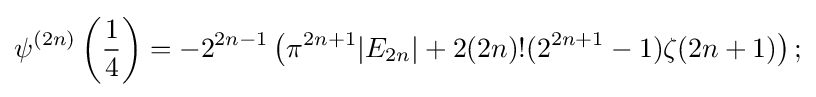
\psi ^{(2n)}\left({\frac {1}{4}}\right)=-2^{2n-1}\left(\pi ^{2n+1}|E_{2n}|+2(2n)!(2^{2n+1}-1)\zeta (2n+1)\right);